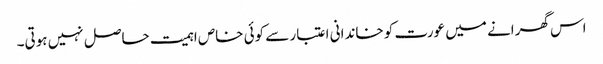
اس گھرانے میں عورت کو خاندانی اعتبار سے کوئی خاص اہمیت حاصل نہیں ہوتی۔